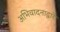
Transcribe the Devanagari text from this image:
अभिवादनाद्वारे